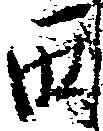
西